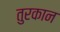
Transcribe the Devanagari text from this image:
तुरकान